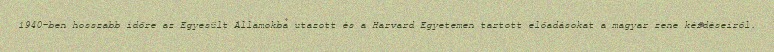
1940-ben hosszabb időre az Egyesült Államokba utazott és a Harvard Egyetemen tartott előadásokat a magyar zene kérdéseiről.